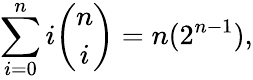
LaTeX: \sum_{i=0}^{n}i{\binom{n}{i}}=n(2^{n-1}),